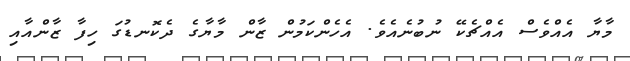
މާޔާ އެއްވެސް އެއްޗެކޭ ނުބުނެއެވެ. އެހެންކަމުން ޒާން މާޔާގެ ދެކޮނޑުގަ ހިފާ ޒާންއާއި